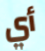
أي